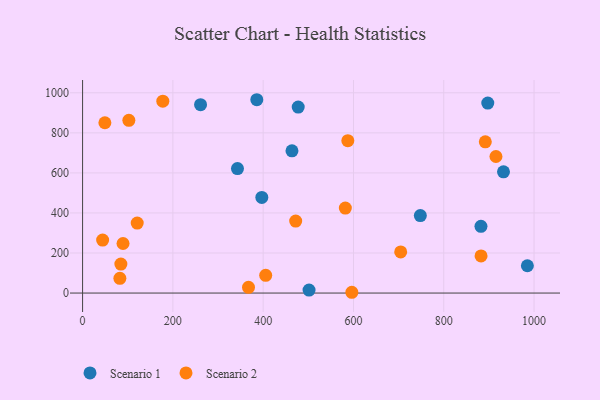
{"axis": {"x": "Price", "y": "Yield"}, "legend": ["Scenario 1", "Scenario 2"], "data": [{"x": "748.1", "y": 386.7, "type": "Scenario 1"}, {"x": "477.6", "y": 928.7, "type": "Scenario 1"}, {"x": "897.5", "y": 948.9, "type": "Scenario 1"}, {"x": "932.3", "y": 605.6, "type": "Scenario 1"}, {"x": "385.9", "y": 965.4, "type": "Scenario 1"}, {"x": "463.8", "y": 710.1, "type": "Scenario 1"}, {"x": "501.6", "y": 15.1, "type": "Scenario 1"}, {"x": "343.1", "y": 621.8, "type": "Scenario 1"}, {"x": "985.2", "y": 136.3, "type": "Scenario 1"}, {"x": "397.0", "y": 477.5, "type": "Scenario 1"}, {"x": "882.4", "y": 333.1, "type": "Scenario 1"}, {"x": "261.3", "y": 940.8, "type": "Scenario 1"}, {"x": "44.4", "y": 264.6, "type": "Scenario 2"}, {"x": "915.6", "y": 681.8, "type": "Scenario 2"}, {"x": "587.5", "y": 760.9, "type": "Scenario 2"}, {"x": "582.0", "y": 424.2, "type": "Scenario 2"}, {"x": "704.6", "y": 205.6, "type": "Scenario 2"}, {"x": "472.0", "y": 359.6, "type": "Scenario 2"}, {"x": "596.4", "y": 3.9, "type": "Scenario 2"}, {"x": "49.4", "y": 850.4, "type": "Scenario 2"}, {"x": "367.5", "y": 28.4, "type": "Scenario 2"}, {"x": "177.7", "y": 958.4, "type": "Scenario 2"}, {"x": "892.0", "y": 755.0, "type": "Scenario 2"}, {"x": "102.5", "y": 862.3, "type": "Scenario 2"}, {"x": "89.6", "y": 247.5, "type": "Scenario 2"}, {"x": "882.6", "y": 185.5, "type": "Scenario 2"}, {"x": "82.6", "y": 73.7, "type": "Scenario 2"}, {"x": "405.6", "y": 88.3, "type": "Scenario 2"}, {"x": "84.8", "y": 144.5, "type": "Scenario 2"}, {"x": "121.0", "y": 349.4, "type": "Scenario 2"}]}